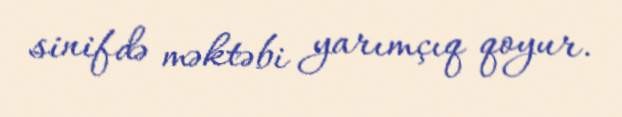
sinifdə məktəbi yarımçıq qoyur.